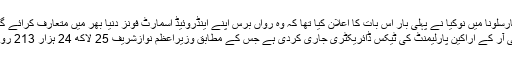
اسپین کے شہر بارسلونا میں نوکیا نے پہلی بار اس بات کا اعلان کیا تھا کہ وہ رواں برس اپنے اینڈروئیڈ اسمارٹ فونز دنیا بھر میں متعارف کرائے گا جن مزید پڑھیں
اسلام آباد: ایف بی آر کے اراکین پارلیمنٹ کی ٹیکس ڈائریکٹری جاری کردی ہے جس کے مطابق وزیراعظم نوازشریف 25 لاکھ 24 ہزار 213 روپے ٹیکس ادا کیا۔